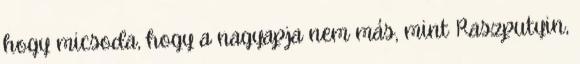
hogy micsoda, hogy a nagyapja nem más, mint Raszputyin,